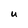
Character: U